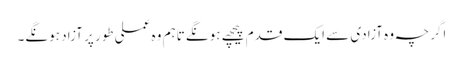
اگرچہ وہ آزادی سے ایک قدم پیچھے ہونگے تاہم وہ عملی طور پر آزاد ہونگے۔